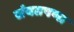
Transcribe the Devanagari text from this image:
संयतपणा